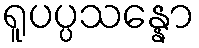
ရူပပ္ပသန္နော